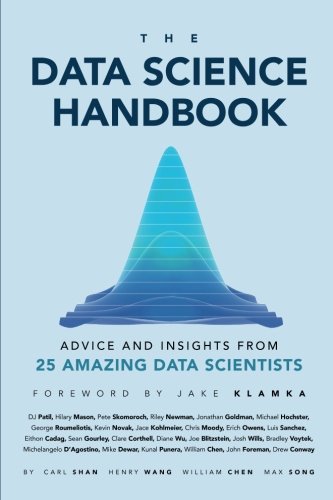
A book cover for The Data Science Handbook: Advice and Insights from 25 Amazing Data Scientists; Carl Shan; Computers & Technology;